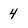
Character: 4